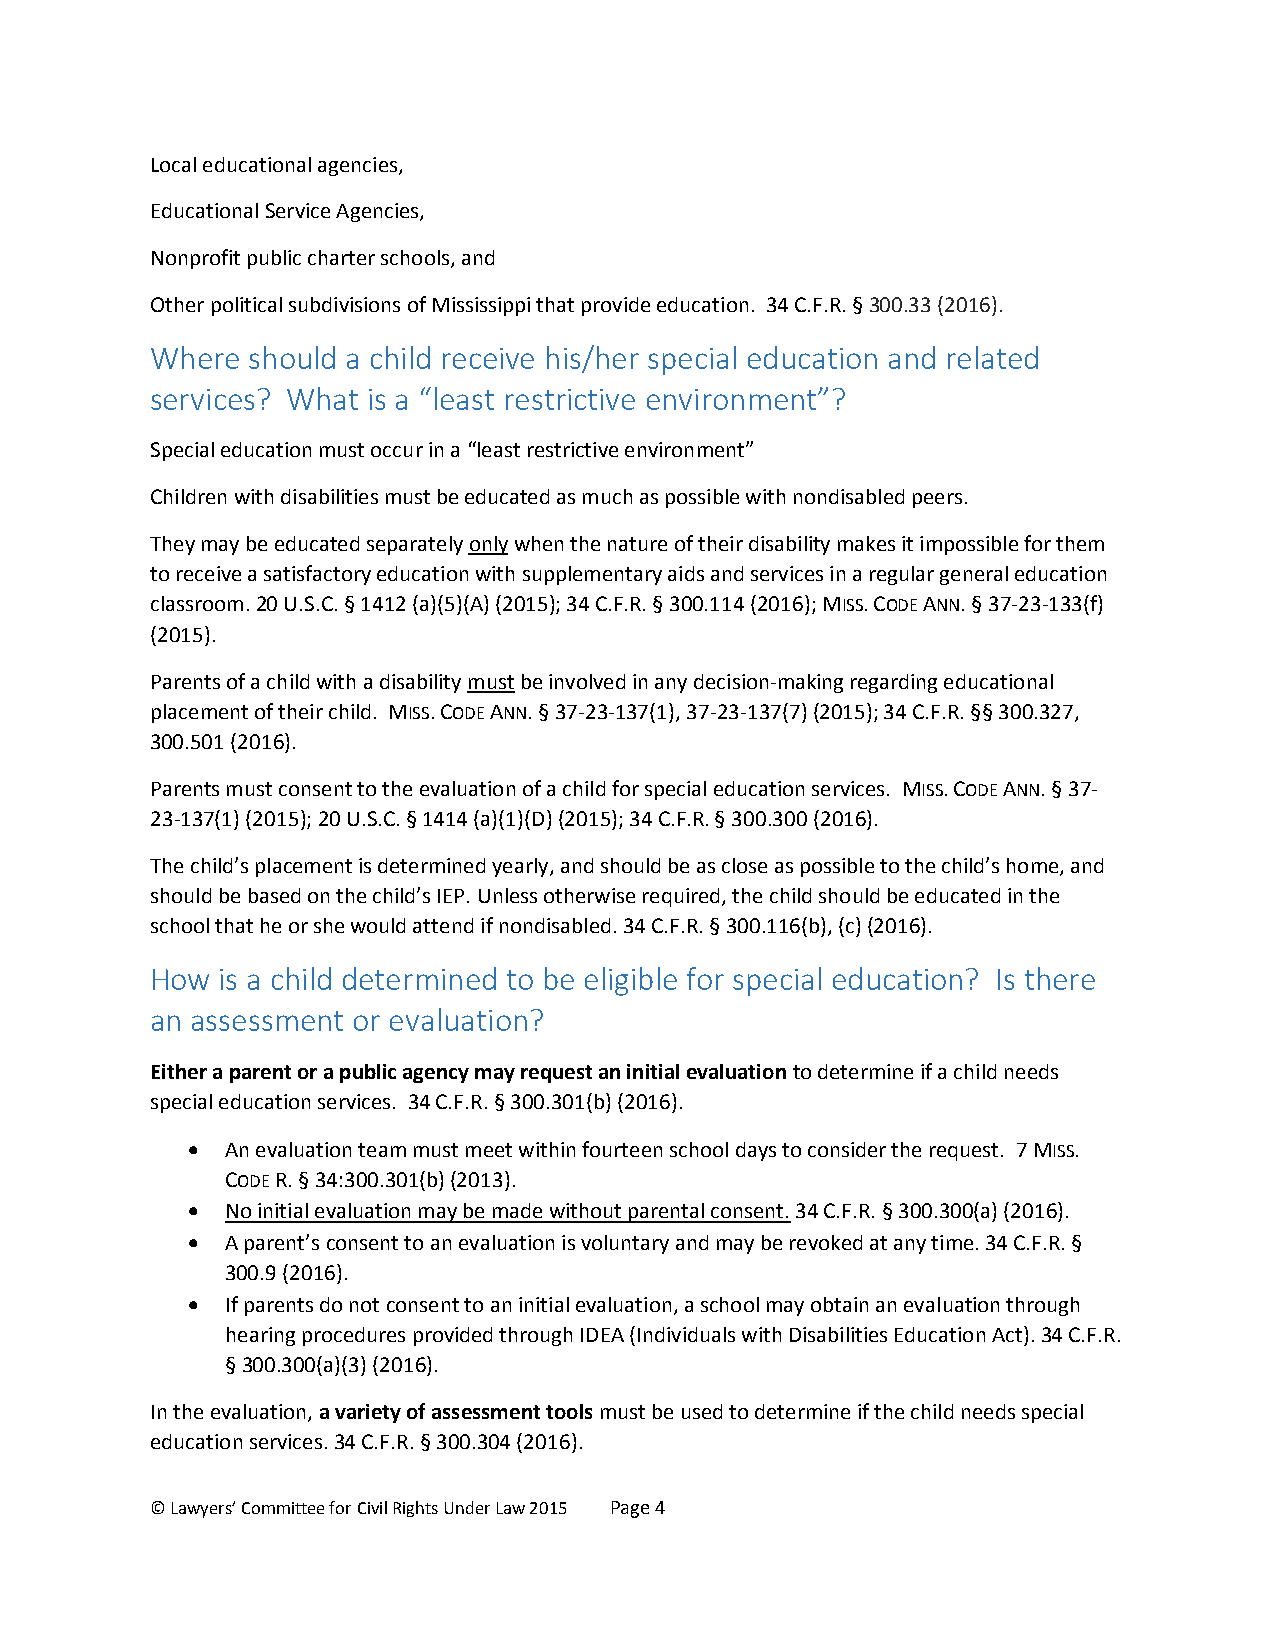
Local educational agencies,
 Educational Service Agencies,
 Nonprofit public charter schools, and
 Other political subdivisions of Mississippi that provide education. 34 C.F.R. § 300.33 (2016).
 Where should a child receive his/her special education and related
 services? What is a “least restrictive environment”?
 Special education must occur in a “least restrictive environment”
 Children with disabilities must be educated as much as possible with nondisabled peers.
 They may be educated separately only when the nature of their disability makes it impossible for them
 to receive a satisfactory education with supplementary aids and services in a regular general education
 classroom. 20 U.S.C. § 1412 (a)(5)(A) (2015); 34 C.F.R. § 300.114 (2016); MISS. CODE ANN. § 37-23-133(f)
 (2015).
 Parents of a child with a disability must be involved in any decision-making regarding educational
 placement of their child. MISS. CODE ANN. § 37-23-137(1), 37-23-137(7) (2015); 34 C.F.R. §§ 300.327,
 300.501 (2016).
 Parents must consent to the evaluation of a child for special education services. MISS. CODE ANN. § 37-
 23-137(1) (2015); 20 U.S.C. § 1414 (a)(1)(D) (2015); 34 C.F.R. § 300.300 (2016).
 The child’s placement is determined yearly, and should be as close as possible to the child’s home, and
 should be based on the child’s IEP. Unless otherwise required, the child should be educated in the
 school that he or she would attend if nondisabled. 34 C.F.R. § 300.116(b), (c) (2016).
 How is a child determined to be eligible for special education? Is there
 an assessment or evaluation?
 Either a parent or a public agency may request an initial evaluation to determine if a child needs
 special education services. 34 C.F.R. § 300.301(b) (2016).
   An evaluation team must meet within fourteen school days to consider the request. 7 MISS.
 CODE R. § 34:300.301(b) (2013).
   No initial evaluation may be made without parental consent. 34 C.F.R. § 300.300(a) (2016).
   A parent’s consent to an evaluation is voluntary and may be revoked at any time. 34 C.F.R. §
 300.9 (2016).
   If parents do not consent to an initial evaluation, a school may obtain an evaluation through
 hearing procedures provided through IDEA (Individuals with Disabilities Education Act). 34 C.F.R.
 § 300.300(a)(3) (2016).
 In the evaluation, a variety of assessment tools must be used to determine if the child needs special
 education services. 34 C.F.R. § 300.304 (2016).
 © Lawyers’ Committee for Civil Rights Under Law 2015 Page 4